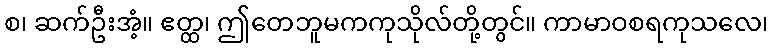
စ၊ ဆက်ဦးအံ့။ ဧတ္ထ၊ ဤတေဘူမကကုသိုလ်တို့တွင်။ ကာမာဝစရကုသလေ၊